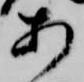
あ